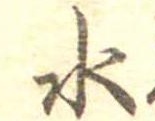
水